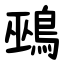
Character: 鵐